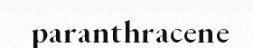
paranthracene